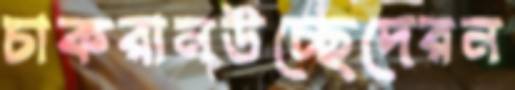
চাকরানউচ্ছেদেরন